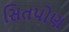
સિતપોણ